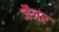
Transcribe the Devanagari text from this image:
जैजर